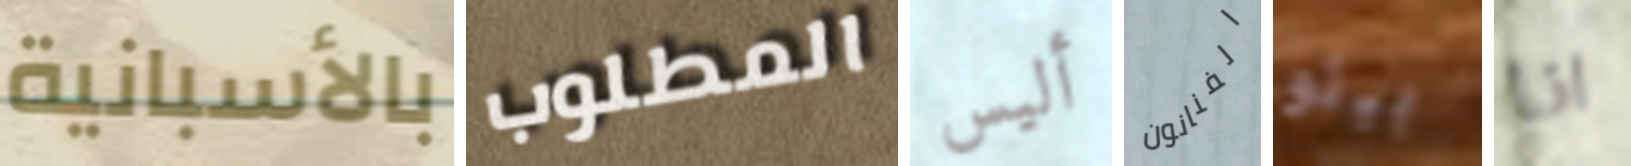
بالأسبانية المطلوب أليس الفنانون بيلو انا